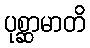
ပုစ္ဆာမာတိ